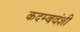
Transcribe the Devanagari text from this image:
कदम्बवंशी